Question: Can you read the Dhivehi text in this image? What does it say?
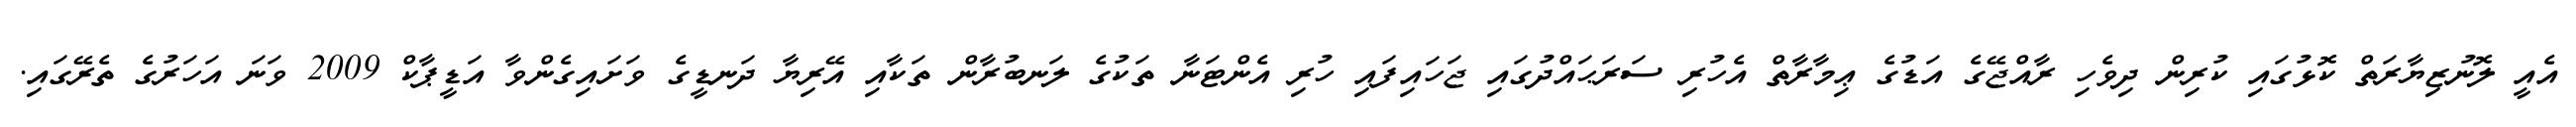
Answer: އެއީ ލޮނުޒިޔާރަތް ކޮޅުގައި ކުރިން ދިވެހި ރާއްޖޭގެ އަޑުގެ ޢިމާރާތް އެހުރި ސަރަޙައްދުގައި ޖަހައިފައި ހުރި އެންޓަނާ ތަކުގެ ލަނބުރާން ތަކާއި އޭރިޔާ ދަނޑީގެ ވަށައިގެންވާ އަޑީޕާކް 2009 ވަނަ އަހަރުގެ ތެރޭގައި.